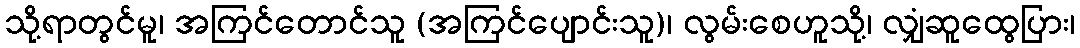
သို့ရာတွင်မူ၊ အကြင်တောင်သူ (အကြင်ပျောင်းသူ)၊ လွမ်းစေဟူသို့၊ လျှံဆူထွေပြား၊